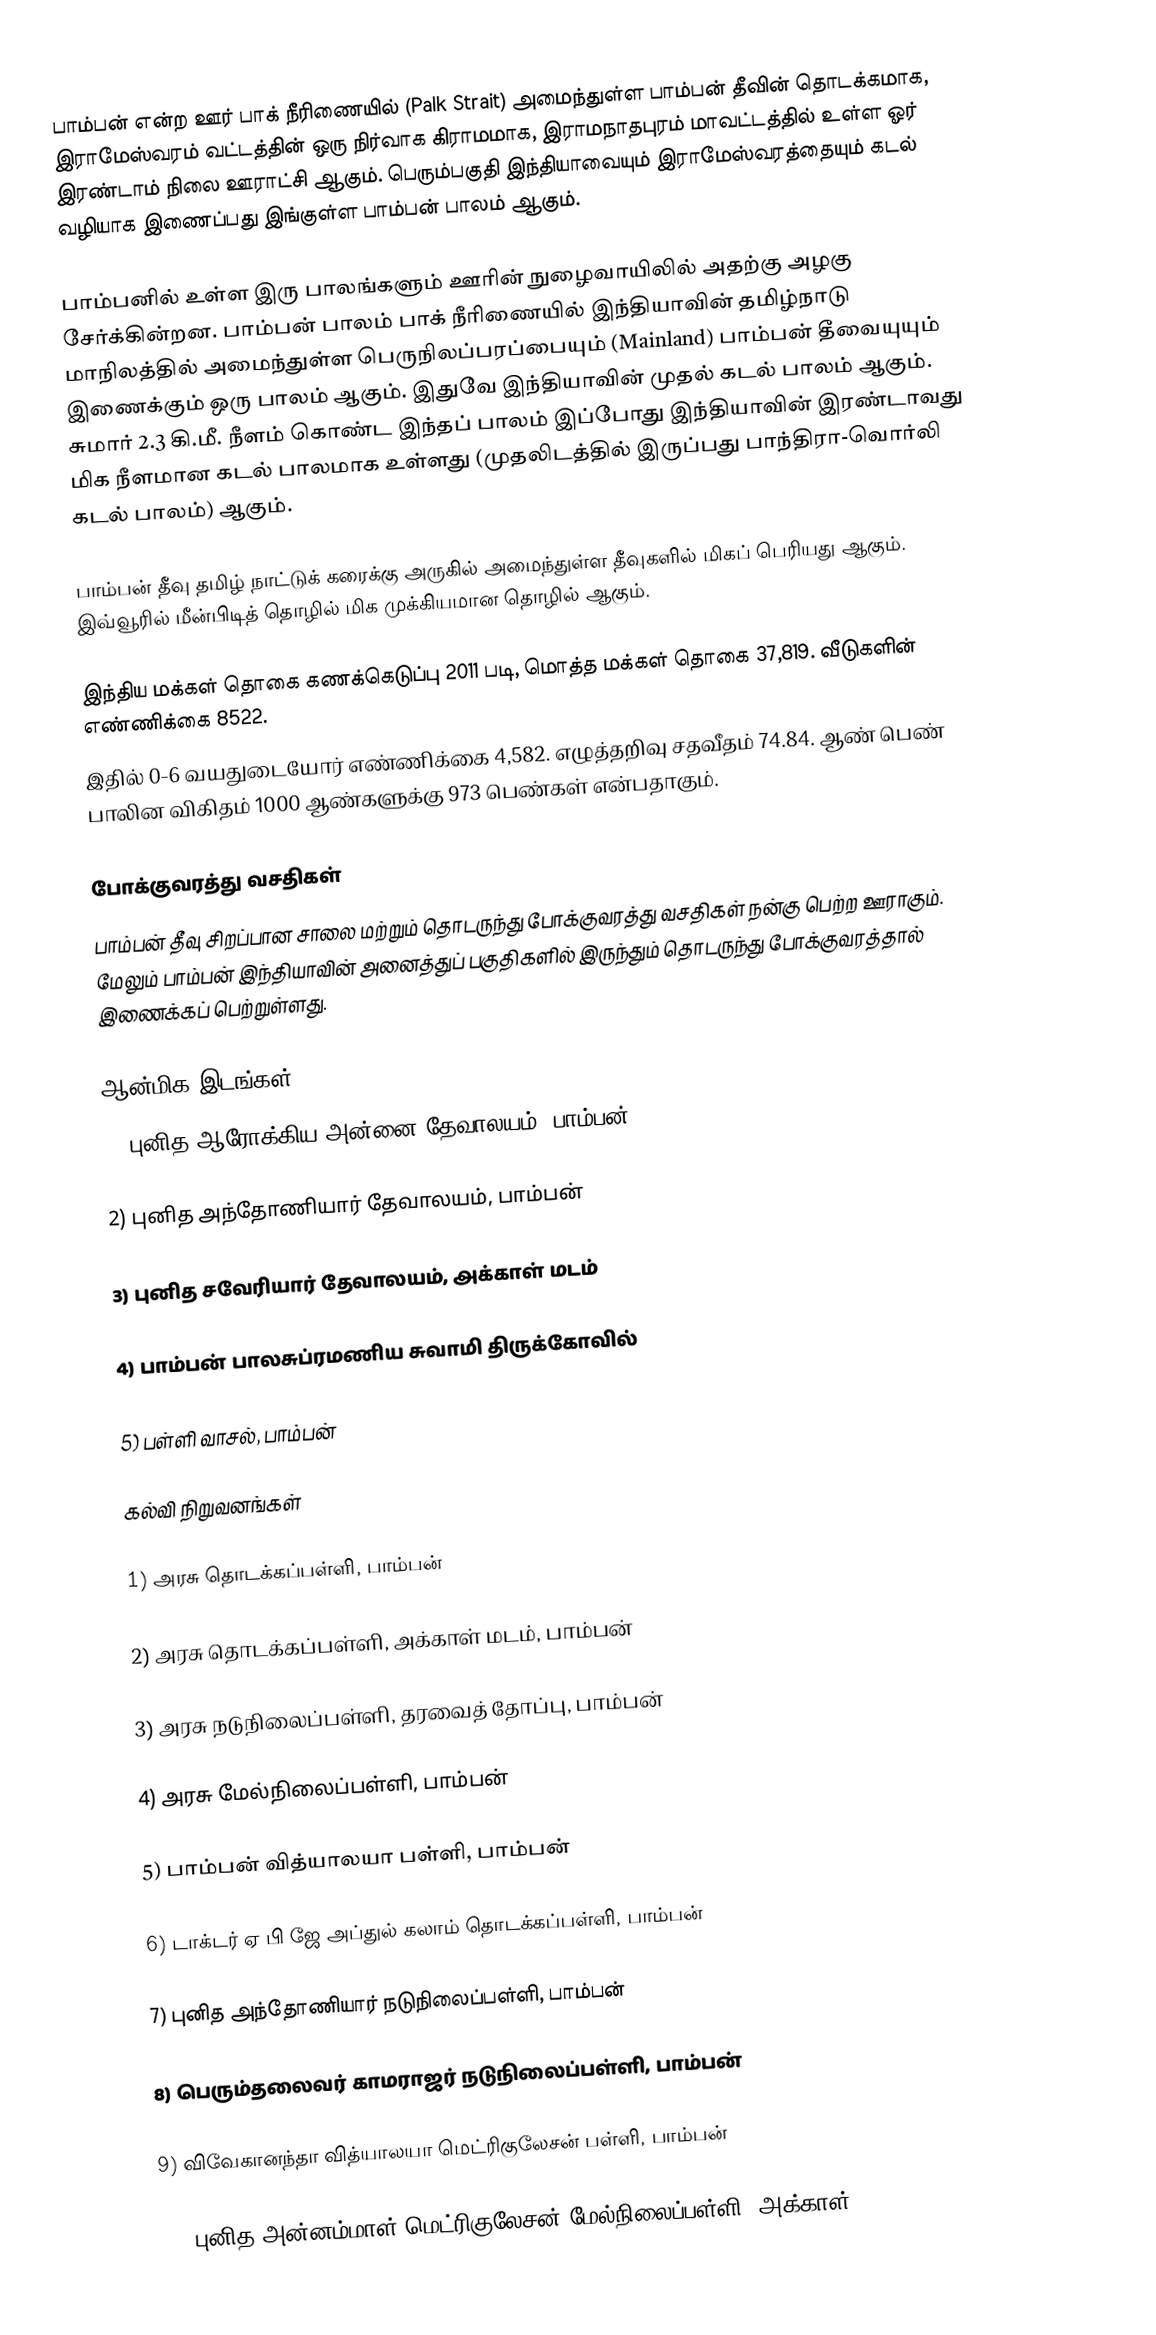
பாம்பன் என்ற ஊர் பாக் நீரிணையில் (Palk Strait) அமைந்துள்ள பாம்பன் தீவின் தொடக்கமாக, இராமேஸ்வரம் வட்டத்தின் ஒரு நிர்வாக கிராமமாக, இராமநாதபுரம் மாவட்டத்தில் உள்ள ஓர் இரண்டாம் நிலை ஊராட்சி ஆகும். பெரும்பகுதி இந்தியாவையும் இராமேஸ்வரத்தையும் கடல் வழியாக இணைப்பது இங்குள்ள பாம்பன் பாலம் ஆகும்.

பாம்பனில் உள்ள இரு பாலங்களும் ஊரின் நுழைவாயிலில் அதற்கு அழகு சேர்க்கின்றன. பாம்பன் பாலம் பாக் நீரிணையில் இந்தியாவின் தமிழ்நாடு மாநிலத்தில் அமைந்துள்ள பெருநிலப்பரப்பையும் (Mainland) பாம்பன் தீவையுயும் இணைக்கும் ஒரு பாலம் ஆகும். இதுவே இந்தியாவின் முதல் கடல் பாலம் ஆகும். சுமார் 2.3 கி.மீ. நீளம் கொண்ட இந்தப் பாலம் இப்போது இந்தியாவின் இரண்டாவது மிக நீளமான கடல் பாலமாக உள்ளது (முதலிடத்தில் இருப்பது பாந்திரா-வொர்லி கடல் பாலம்) ஆகும்.

பாம்பன் தீவு தமிழ் நாட்டுக் கரைக்கு அருகில் அமைந்துள்ள தீவுகளில் மிகப் பெரியது ஆகும். இவ்வூரில் மீன்பிடித் தொழில் மிக முக்கியமான தொழில் ஆகும்.

இந்திய மக்கள் தொகை கணக்கெடுப்பு 2011 படி, மொத்த மக்கள் தொகை 37,819. வீடுகளின் எண்ணிக்கை 8522.
இதில் 0-6 வயதுடையோர் எண்ணிக்கை 4,582. எழுத்தறிவு சதவீதம் 74.84. ஆண் பெண் பாலின விகிதம் 1000 ஆண்களுக்கு 973 பெண்கள் என்பதாகும்.

போக்குவரத்து வசதிகள்
பாம்பன் தீவு சிறப்பான சாலை மற்றும் தொடருந்து போக்குவரத்து வசதிகள் நன்கு பெற்ற ஊராகும். மேலும் பாம்பன் இந்தியாவின் அனைத்துப் பகுதிகளில் இருந்தும் தொடருந்து போக்குவரத்தால் இணைக்கப் பெற்றுள்ளது.

ஆன்மிக இடங்கள்
1) புனித ஆரோக்கிய அன்னை தேவாலயம், பாம்பன்

2) புனித அந்தோணியார் தேவாலயம், பாம்பன்

3) புனித சவேரியார் தேவாலயம், அக்காள் மடம்

4) பாம்பன் பாலசுப்ரமணிய சுவாமி திருக்கோவில்

5) பள்ளி வாசல், பாம்பன்

கல்வி நிறுவனங்கள்

1) அரசு தொடக்கப்பள்ளி, பாம்பன்

2) அரசு தொடக்கப்பள்ளி, அக்காள் மடம், பாம்பன்

3) அரசு நடுநிலைப்பள்ளி, தரவைத் தோப்பு, பாம்பன்

4) அரசு மேல்நிலைப்பள்ளி, பாம்பன்

5) பாம்பன் வித்யாலயா பள்ளி, பாம்பன்

6) டாக்டர் ஏ பி ஜே அப்துல் கலாம் தொடக்கப்பள்ளி, பாம்பன்

7) புனித அந்தோணியார் நடுநிலைப்பள்ளி, பாம்பன்

8) பெரும்தலைவர் காமராஜர் நடுநிலைப்பள்ளி, பாம்பன்

9) விவேகானந்தா வித்யாலயா மெட்ரிகுலேசன் பள்ளி, பாம்பன்

10) புனித அன்னம்மாள் மெட்ரிகுலேசன் மேல்நிலைப்பள்ளி, அக்காள்